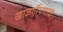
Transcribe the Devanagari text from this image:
खाजगीपणाचा